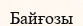
Байғозы